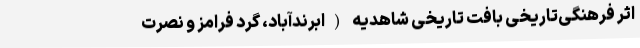
اثر فرهنگی‌تاریخی بافت تاریخی شاهدیه (ابرندآباد، گرد فرامز و نصرت